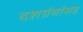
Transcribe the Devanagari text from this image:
दशग्रंथांसह